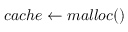
c a c h e \gets m a l l o c ( )